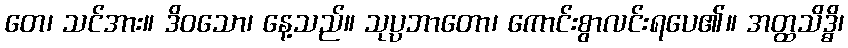
တေ၊ သင်အား။ ဒိဝသော၊ နေ့သည်။ သုပ္ပဘာတော၊ ကောင်းစွာလင်းရပေ၏။ အတ္ထသိဒ္ဓိ၊